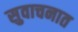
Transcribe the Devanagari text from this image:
सुवाचनात